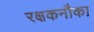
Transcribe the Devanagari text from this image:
रक्षकनौका